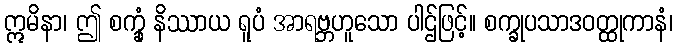
ဣမိနာ၊ ဤ စက္ခုံ နိဿာယ ရူပံ အာရဗ္ဘဟူသော ပါဌ်ဖြင့်။ စက္ခုပသာဒဝတ္ထုကာနံ၊